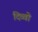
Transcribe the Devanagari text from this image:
दिव्वो